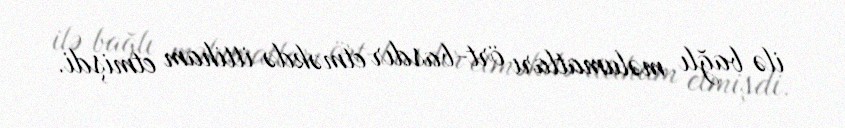
ilə bağlı məlumatları ört-basdır etməkdə ittiham etmişdi.